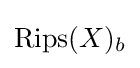
{\text{Rips}}(X)_{b}